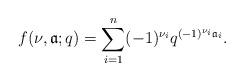
LaTeX: \begin{align*}f(\nu, \mathfrak{a};q) = \sum_{i = 1}^n (-1)^{\nu_i}q^{(-1)^{\nu_i}\mathfrak{a}_i}.\end{align*}